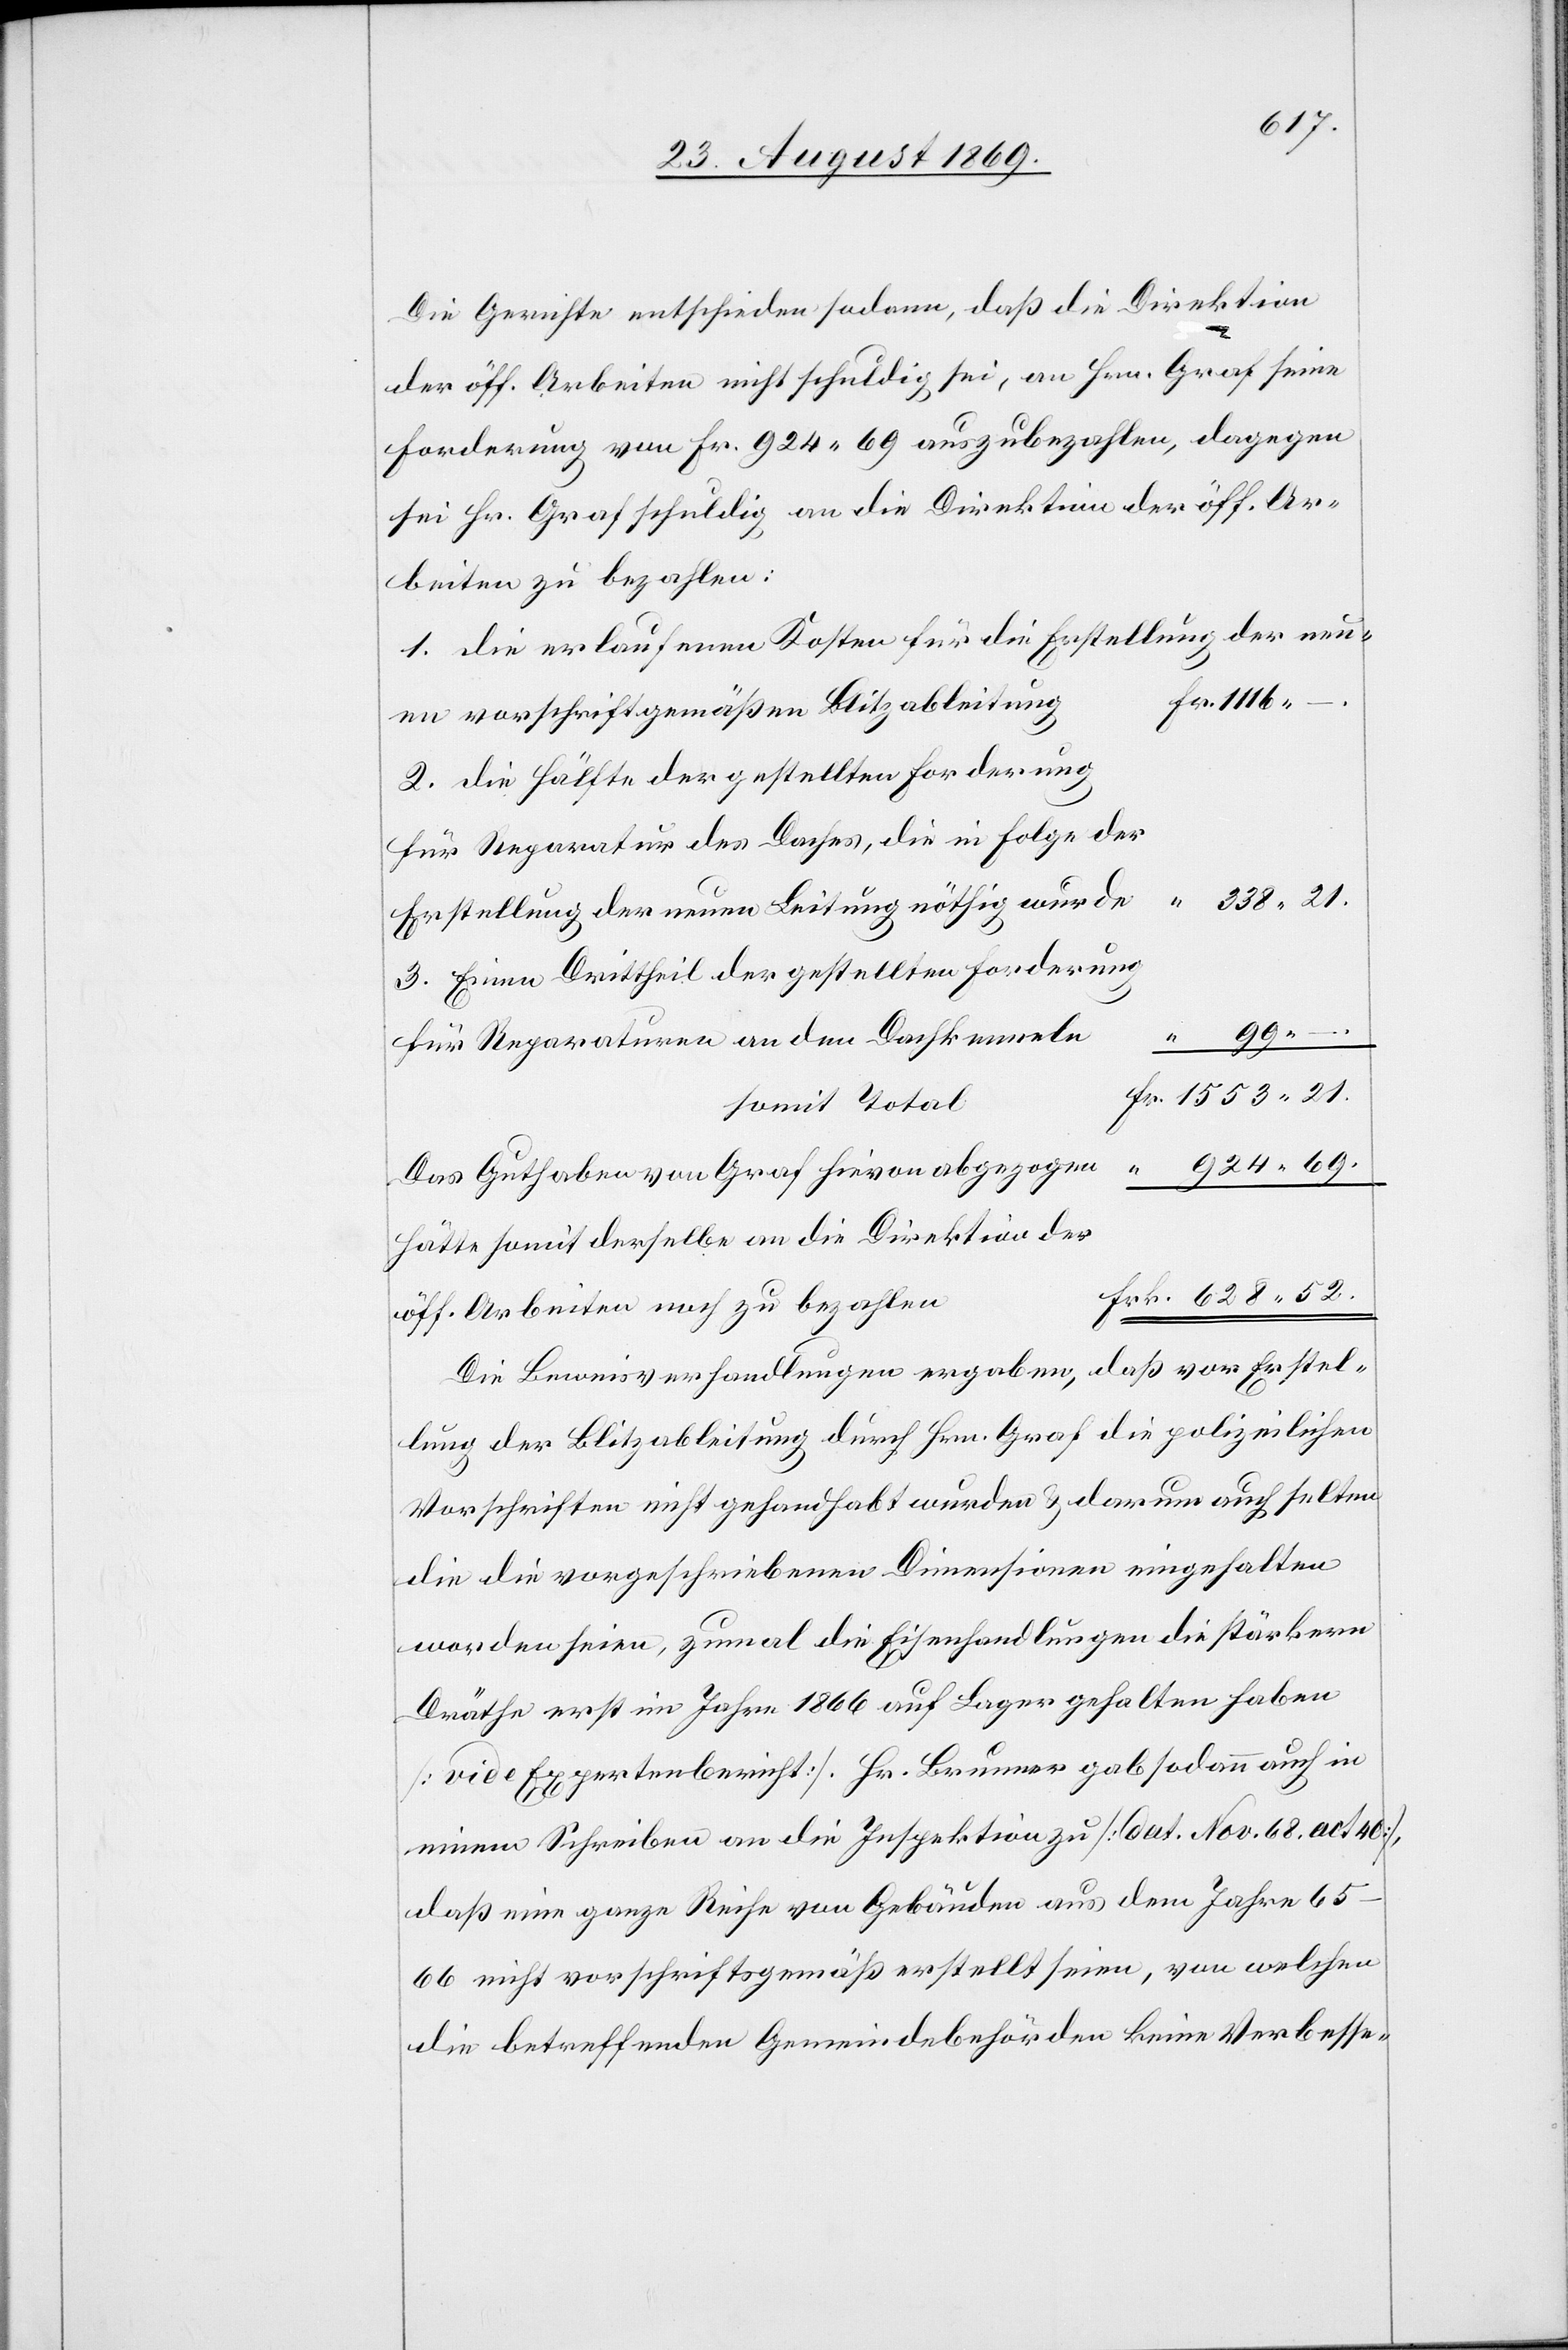
Die Gerichte entschieden sodann, daß die Direktion
der öff. Arbeiten nicht schuldig sei, an Hrn. Graf seine
Forderung von Fr. 924 69 auszubezahlen, dagegen
sei Hr. Graf schuldig an die Direktion der öff. Ar¬
beiten zu bezahlen:
1. die erlaufenen Kosten für die Erstellung der neu¬
en vorschriftgemäßen Blitzableitung
2. die Hälfte der gestellten Forderung
für Reparatur des Daches, die in Folge der
Erstellung der neuen Leitung nöthig wurde
3. Einen Drittheil der gestellten Forderung
für Reparaturen an den Dachkenneln
somit Total
Das Guthaben von Graf hievon abgezogen
hätte somit derselbe an die Direktion der
Frk. 628 52.
öff. Arbeiten noch zu bezahlen
Die Beweisverhandlungen ergaben, daß vor Erstel¬
lung der Blitzableitung durch Hrn. Graf die polizeilichen
Vorschriften nicht gehandhabt wurden & darum auch selten
die [sic!] vorgeschriebenen Dimensionen eingehalten
worden seien, zumal die Eisenhandlungen die stärkern
Dräthe erst im Jahre 1866 auf Lager gehalten haben
[vide Expertenbericht]. Hr. Brunner gab sodann auch in
einem Schreiben an die Inspektion zu [dat. Nov. 68. act 4c],
daß eine ganze Reihe von Gebäuden aus dem Jahre
65–66 nicht vorschriftsgemäß erstellt seien, von welchen
die betreffenden Gemeindebehörden keine Verbesse-